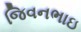
જિવનભાઇ